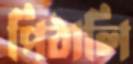
পিঠালি